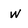
Character: w